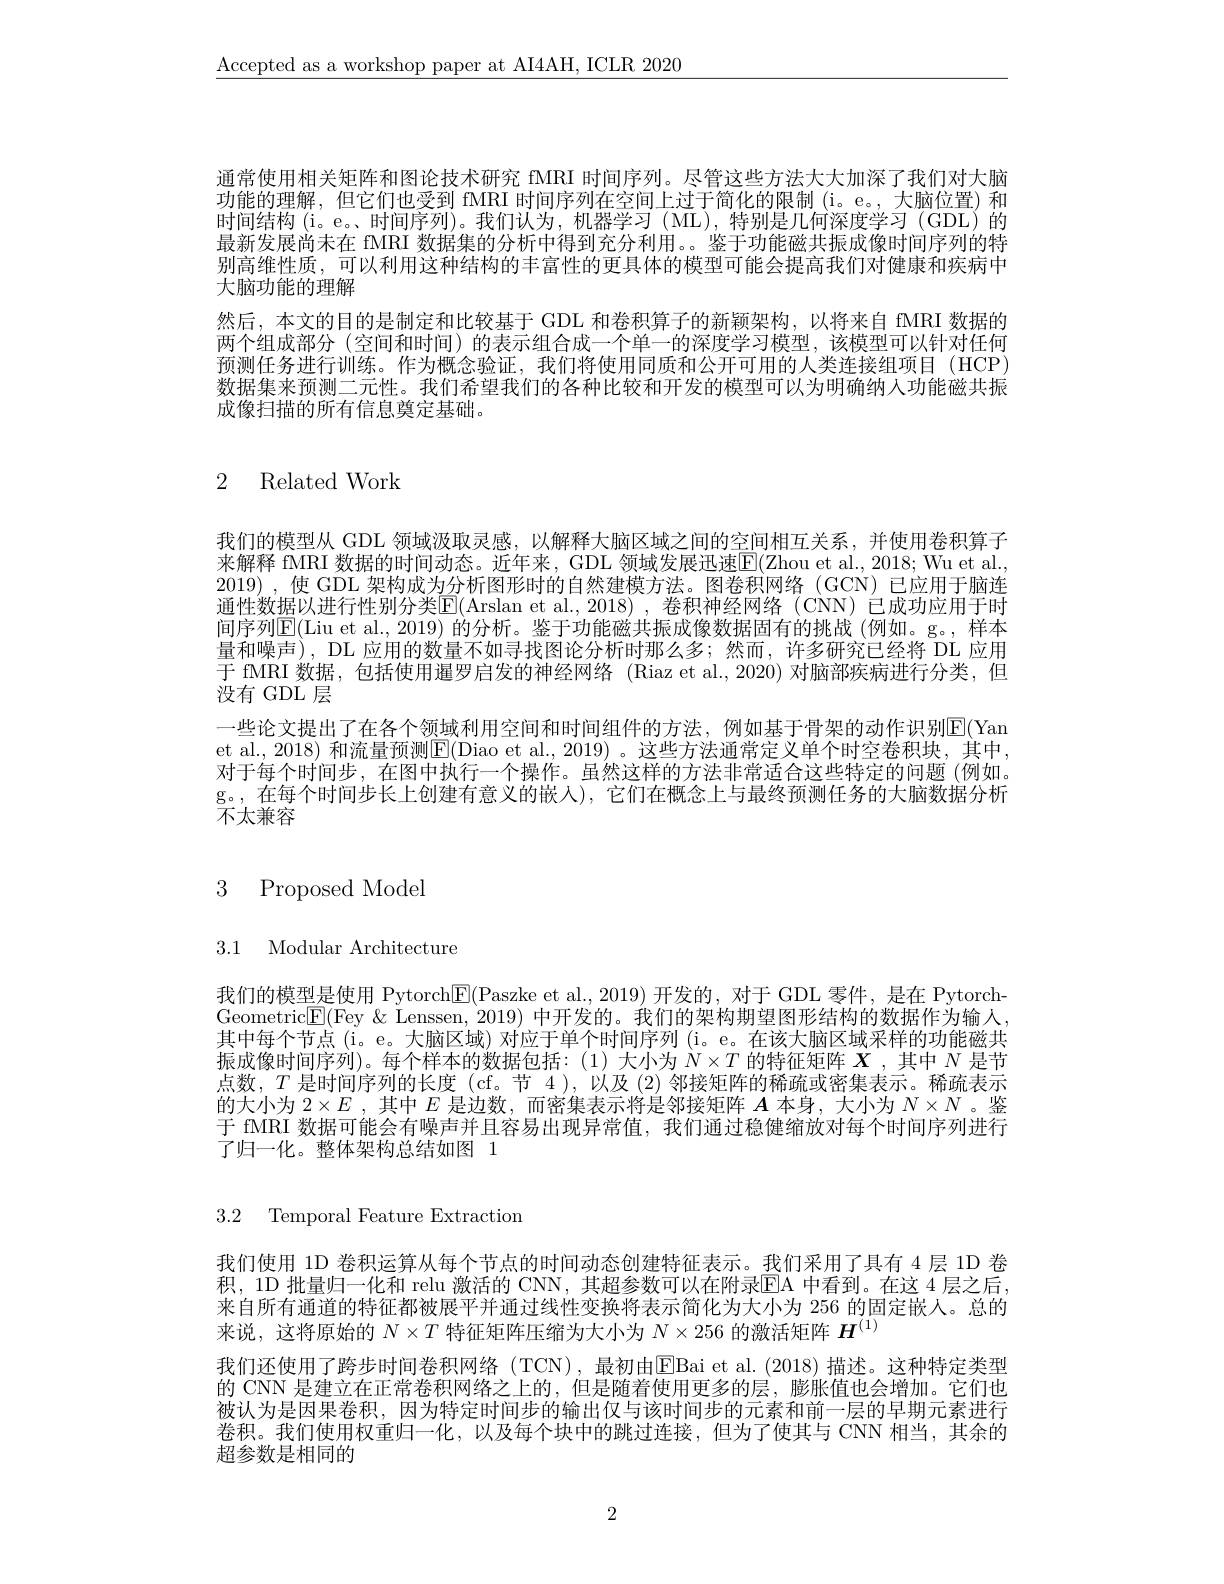
$\underline{\text{Accepted as a workshop paper at AI4AH, ICLR 2020}}$

通常使用相关矩阵和图论技术研究 fMRI 时间序列。尽管这些方法大大加深了我们对大脑功能的理解，但它们也受到 fMRI 时间序列在空间上过于简化的限制(i。e。,大脑位置)和时间结构 (i。e。时间序列)。我们认为，机器学习(ML),特别是几何深度学习(GDL)的最新发展尚未在 fMRI 数据集的分析中得到充分利用。。鉴于功能磁共振成像时间序列的特别高维性质，可以利用这种结构的丰富性的更具体的模型可能会提高我们对健康和疾病中大脑功能的理解
然后，本文的目的是制定和比较基于 GDL 和卷积算子的新颖架构，以将来自 fMRI 数据的两个组成部分 (空间和时间) 的表示组合成一个单一的深度学习模型，该模型可以针对任何预测任务进行训练。作为概念验证，我们将使用同质和公开可用的人类连接组项目(HCP) 数据集来预测二元性。我们希望我们的各种比较和开发的模型可以为明确纳入功能磁共振成像扫描的所有信息奠定基础。

# 2 Related Work

我们的模型从 GDL 领域汲取灵感，以解释大脑区域之间的空间相互关系，并使用卷积算子来解释 fMRI 数据的时间动态。近年来，GDL 领域发展迅速$\overline{\mathrm{F}}($Zhou et al., 2018; Wu et al. 2019),使 GDL 架构成为分析图形时的自然建模方法。图卷积网络(GCN)已应用于脑连通性数据以进行性别分类$\mathbb{E}($Arslan et al.,2018),卷积神经网络(CNN)已成功应用于时间序列$\mathbb{E}($Liu et al., 2019) 的分析。鉴于功能磁共振成像数据固有的挑战 (例如。g。, 样本量和噪声), DL 应用的数量不如寻找图论分析时那么多；然而，许多研究已经将 DL 应用于 fMRI 数据，包括使用暹罗启发的神经网络 (Riaz et al., 2020) 对脑部疾病进行分类，但没有 GDL 层
一些论文提出了在各个领域利用空间和时间组件的方法，例如基于骨架的动作识别$\overline{\mathrm{E}}($Yan et al., 2018) 和流量预测E(Diao et al., 2019) 。这些方法通常定义单个时空卷积块，其中， 对于每个时间步，在图中执行一个操作。虽然这样的方法非常适合这些特定的问题(例如。g。,在每个时间步长上创建有意义的嵌人),它们在概念上与最终预测任务的大脑数据分析不太兼容

# 3 Proposed Model

3.1 Modular Architecture

我们的模型是使用 Pytorch$\boxed{\mathrm{E}}($Paszke et al.,2019) 开发的，对于 GDL 零件，是在 PytorchGeometric$\boxed{\mathrm{E}}($Fey & Lenssen, 2019) 中开发的。我们的架构期望图形结构的数据作为输入， 其中每个节点 (i。e。大脑区域) 对应于单个时间序列 (i。e。在该大脑区域采样的功能磁共振成像时间序列)。每个样本的数据包括：(1)大小为$N\times T$的特征矩阵$X$ ,其中$N$是节点数，$T$是时间序列的长度 (cf。节 4 ), 以及 (2) 邻接矩阵的稀疏或密集表示。稀疏表示的大小为$2\times E$ ,其中$E$是边数，而密集表示将是邻接矩阵$A$本身，大小为$N\times N$ 。鉴于 fMRI 数据可能会有噪声并且容易出现异常值，我们通过稳健缩放对每个时间序列进行了归一化。整体架构总结如图 1

3.2 Temporal Feature Extraction

我们使用 1D 卷积运算从每个节点的时间动态创建特征表示。我们采用了具有 4 层 1D 卷积，1D 批量归一化和 relu 激活的 CNN,其超参数可以在附录$\overline{\mathrm{EA}}$ 中看到。在这 4 层之后， 来自所有通道的特征都被展平并通过线性变换将表示简化为大小为 256 的固定嵌人。总的来说，这将原始的$N\times T$特征矩阵压缩为大小为$N\times256$的激活矩阵$H^{(1)}$
我们还使用了跨步时间卷积网络(TCN),最初由$\boxed{\mathrm{E}}$Bai et al.(2018)描述。这种特定类型的 CNN 是建立在正常卷积网络之上的，但是随着使用更多的层，膨胀值也会增加。它们也被认为是因果卷积，因为特定时间步的输出仅与该时间步的元素和前一层的早期元素进行卷积。我们使用权重归一化，以及每个块中的跳过连接，但为了使其与 CNN 相当，其余的超参数是相同的

2